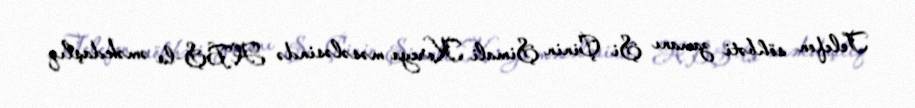
Telefon söhbəti zamanı Şi Çinin Şimali Koreya məsələsində ABŞ-la əməkdaşlıq